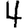
Digit: 4